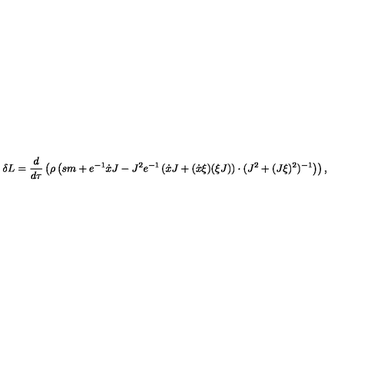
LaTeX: \delta L = \frac { d } { d \tau } \left( \rho \left( s m + e ^ { - 1 } \dot { x } J - J ^ { 2 } e ^ { - 1 } \left( \dot { x } J + ( \dot { x } \xi ) ( \xi J ) \right) \cdot ( J ^ { 2 } + ( J \xi ) ^ { 2 } ) ^ { - 1 } \right) \right) ,